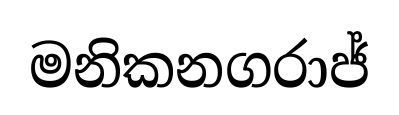
මනිකනගරාජ්